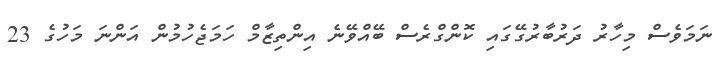
ނަމަވެސް މިހާރު ދަރުބާރުގޭގައި ކޮންގްރެސް ބޭއްވޭނެ އިންތިޒާމް ހަމަޖެހުމުން އަންނަ މަހުގެ 23